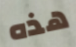
هذه